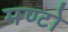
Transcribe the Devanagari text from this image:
मण्टो